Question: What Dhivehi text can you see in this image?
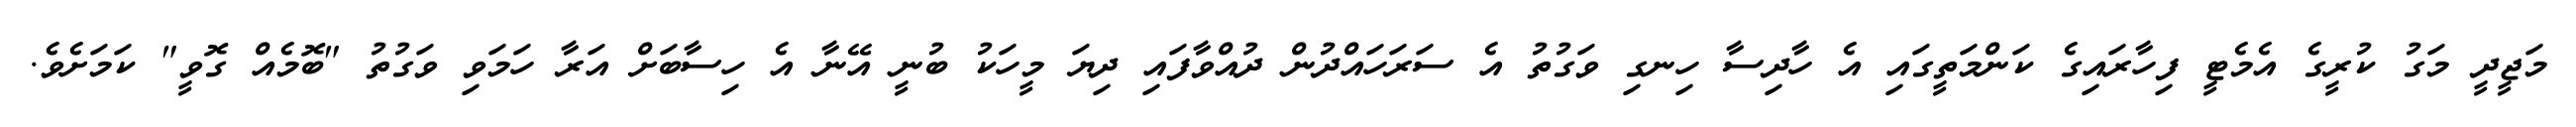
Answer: މަޖީދީ މަގު ކުރީގެ އެމެޓީ ފިހާރައިގެ ކަންމަތީގައި އެ ހާދިސާ ހިނގި ވަގުތު އެ ސަރަހައްދުން ދުއްވާފައި ދިޔަ މީހަކު ބުނީ އޭނާ އެ ހިސާބަށް އަރާ ހަމަވި ވަގުތު "ބޮމެއް ގޮވީ" ކަމަށެވެ.